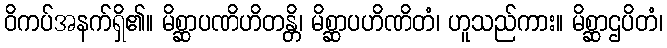
ဝိကပ်အနက်ရှိ၏။ မိစ္ဆာပဏိဟိတန္တိ၊ မိစ္ဆာပဟိဏိတံ၊ ဟူသည်ကား။ မိစ္ဆာဌပိတံ၊